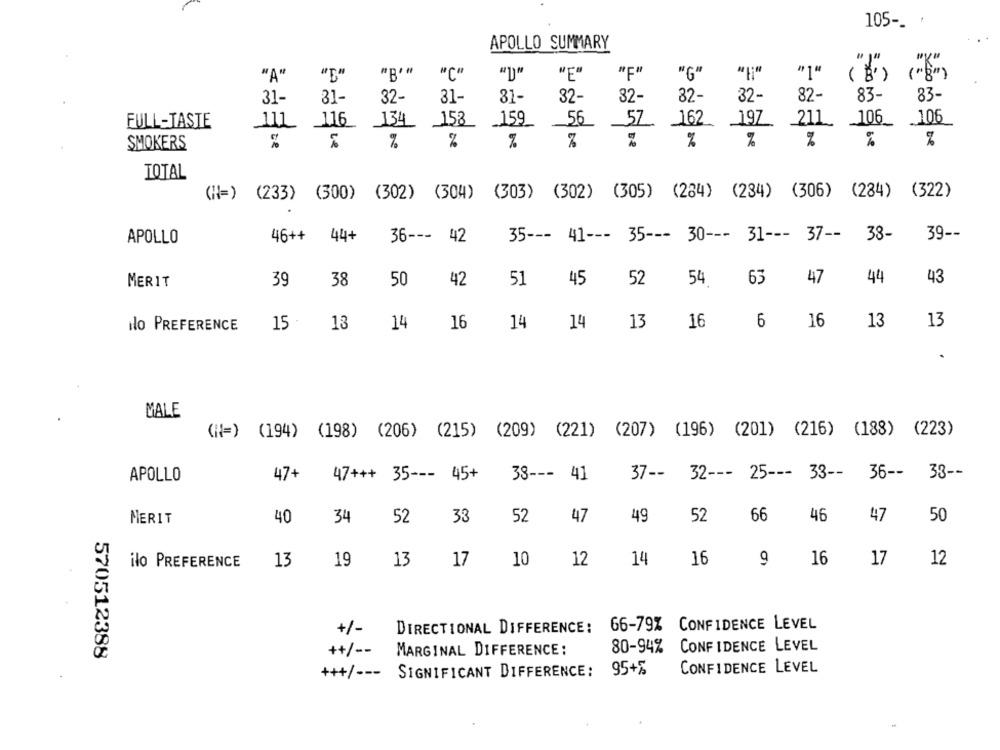
105 -_ .
APOLLO SUMMARY
"F"
"A"
"E"
"B""
"℃'
"E"
"G"
"1"
31-
31-
32-
82-
32-
82-
83-
83-
31-
31-
32-
32-
134
158
57
162
211
FULL-TASTE
_159
56
_19Z
106_ 106
%
%
%
%
%
%
SMOKERS
que
TOTAL
(H=) (233) (300) (302) (304) (303) (302) (305) (284) (284) (306) (284) (322)
APOLLO
46++ 44+
36 --- 42
35 --- 41 --- 35 --- 30 --- 31 --- 37 -- 38-
39 --
MERIT
39
38
50
42
51
45
52
54. 63 47
44
43
16
6
13
ilo PREFERENCE
15
13
14
16
14
14
13
16
13
MALE
(N=) (194) (198) (206) (215) (209) (221) (207) (196) (201) (216) (188) (223)
APOLLO
47+
47+++ 35 --- 45+
38 --- 41
37 -- 32 --- 25 --- 33 -- 36 -- 33 --
40
34
66
46
47
50
MERIT
52
33
52
47
49
52
13
19
13
17
10
12
14
16
9
16
17
12
ilo PREFERENCE
+/-
DIRECTIONAL DIFFERENCE:
66-79% CONFIDENCE LEVEL
++/ --
MARGINAL DIFFERENCE:
80-94%
CONFIDENCE LEVEL
570512388
+++/ ---
SIGNIFICANT DIFFERENCE:
95+%
CONFIDENCE LEVEL